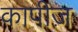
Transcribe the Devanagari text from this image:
कापीज़